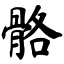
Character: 骼